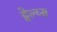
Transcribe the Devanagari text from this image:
ट्वेल्व्स